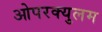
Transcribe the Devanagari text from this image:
ओपरक्युलम